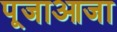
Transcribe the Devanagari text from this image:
पूजाआजा